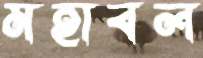
মহাবল